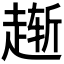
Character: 𫎸